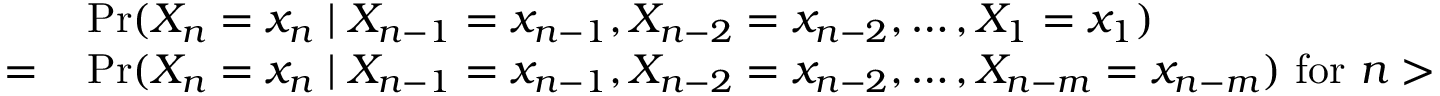
\begin{array} { r l } { { } } & { { } \operatorname* { P r } ( X _ { n } = x _ { n } \mid X _ { n - 1 } = x _ { n - 1 } , X _ { n - 2 } = x _ { n - 2 } , \dots , X _ { 1 } = x _ { 1 } ) } \\ { = } & { { } \operatorname* { P r } ( X _ { n } = x _ { n } \mid X _ { n - 1 } = x _ { n - 1 } , X _ { n - 2 } = x _ { n - 2 } , \dots , X _ { n - m } = x _ { n - m } ) { \mathrm { ~ f o r ~ } } n > m } \end{array}